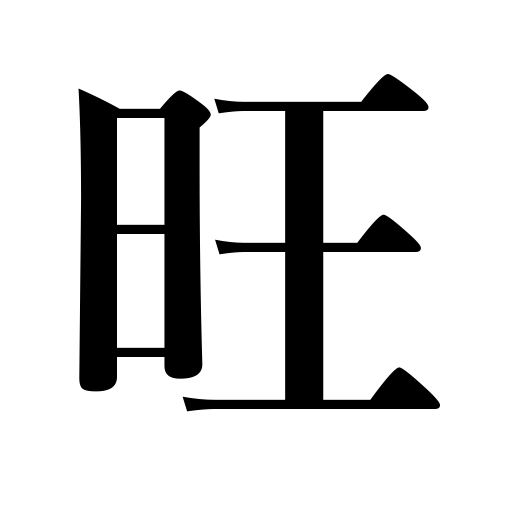
Meanings: vigorous,flourishing,beautiful,successful